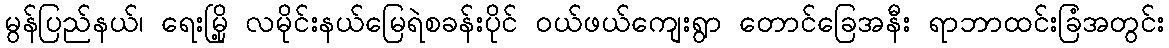
မွန်ပြည်နယ်၊ ရေးမြို့ လမိုင်းနယ်မြေရဲစခန်းပိုင် ဝယ်ဖယ်ကျေးရွာ တောင်ခြေအနီး ရာဘာထင်းခြံအတွင်း